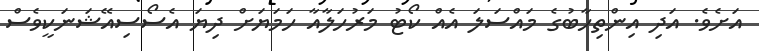
އަށެވެ. އަދި އިންތިހާބުގެ މައްސަލަ އެއް ކޯޓު މަރުހަލާއާ ހަމަޔަށް ދިޔަ އެސޯސިއޭޝަނަކީވެސް